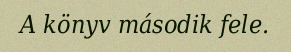
A könyv második fele.